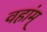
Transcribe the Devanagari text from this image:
वहांम्